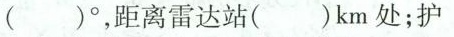
( )°，距离雷达站( )km处；护